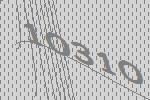
10310